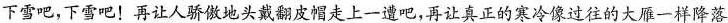
下雪吧，下雪吧！再让人骄傲地头戴翻皮帽走上一遭吧，再让真正的寒冷像过往的大雁一样降落